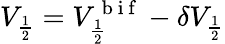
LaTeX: V_{\frac{1}{2}}=V_{\frac{1}{2}}^{\mathrm{~b~i~f~}}-\delta V_{\frac{1}{2}}